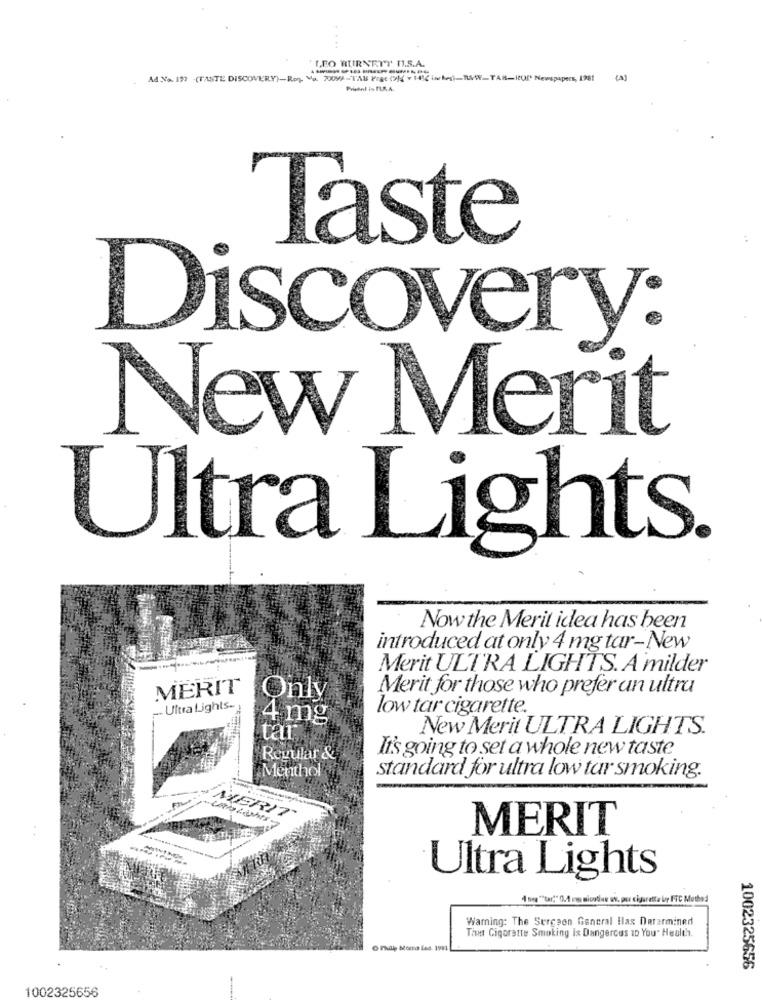
....
LEO BURNETT I.S.A.
Ad.V. 199 (TASTE DISCOVERY)-Roy Va. 700-TAL Page () = 14) in hes)_RAWY_TAN-ICUP Newspapers, 1981
(A)
Taste
Discovery:
New Merit
Ultra Lights.
Now the Merit idea has been
introduced at only 4 mg tar-New
Merit ULTRA LIGHTS. A milder
MERIT
Merit for those who prefer an ultra
Only
Ultra Lights-
low tar cigarette.
4 mg
New Merit ULTRA LIGHTS.
tar
It's going to set a whole new taste
Regular &
standard for ultra low tar smoking.
Menthol
MERIT
MERIT
Ultra Lights
4 nog "tar:" 0./ mw micotiue w. pu cigaretta by FTC Method
Warning: The Surgeon General !las Dararmined
Tint Cigarette Smoking Is Dangerous ID You" Health.
1002325656
1002325656
.......